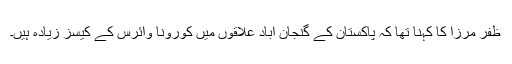
ظفر مرزا کا کہنا تھا کہ پاکستان کے گنجان آباد علاقوں میں کورونا وائرس کے کیسز زیادہ ہیں۔